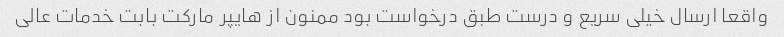
واقعا ارسال خیلی سریع و درست طبق درخواست بود ممنون از هایپر مارکت بابت خدمات عالی